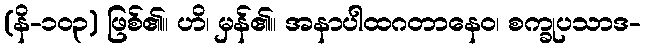
(နိ-၁၀၃) ဖြစ်၏။ ဟိ၊ မှန်၏။ အနာပါထဂတာနေဝ၊ စက္ခုပသာဒ-